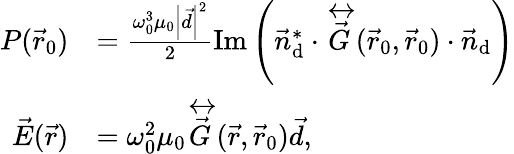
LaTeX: \begin{array}{rl}{P(\vec{r}_{0})}&{=\frac{{\omega_{0}^{3}}{\mu_{0}}\left|\vec{d}\right|^{2}}{2}\mathrm{Im}\left(\vec{n}_{\mathrm{d}}^{*}\cdot\overleftrightarrow{\vec{G}}({\vec{r}}_{0},{\vec{r}}_{0})\cdot\vec{n}_{\mathrm{d}}\right)}\\ {{\vec{E}}({\vec{r}})}&{={\omega_{0}^{2}}{\mu_{0}}\overleftrightarrow{\vec{G}}({\vec{r}},{\vec{r}}_{0}){\vec{d}},}\end{array}